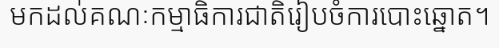
មកដល់គណៈកម្មាធិការជាតិរៀបចំការបោះឆ្នោត។